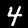
Digit: 4